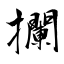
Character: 攔